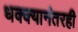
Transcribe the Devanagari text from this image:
धक्क्यानंतरही